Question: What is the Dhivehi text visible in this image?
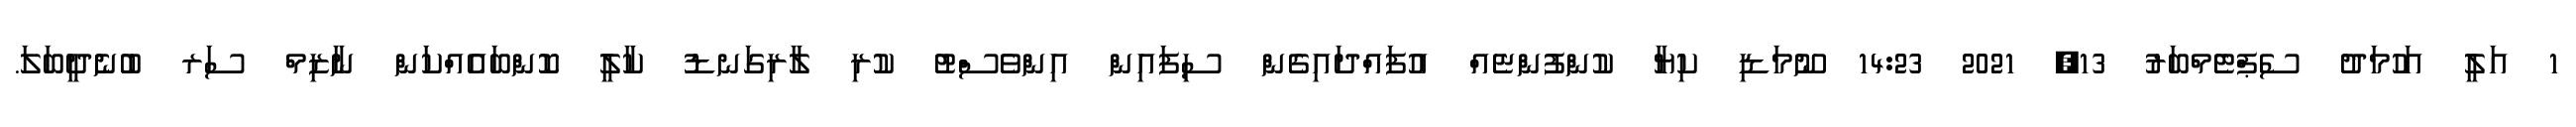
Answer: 1 އަލީ އަހުމަދު ސެޕްޓެމްބަރު 13, 2021 14:23 ނޫމަޑި ކިޔާ ކުންފުންޏެއް އުފައްދައިގެން ސިފައިން އިންވެސްޓު ކުރި ލާރިގަނޑު ކާލީ ކޮންބައެއްކަން ނާޒިމް ސަރ ބުނެދީބަލަ.